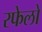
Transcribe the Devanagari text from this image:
रफेलो